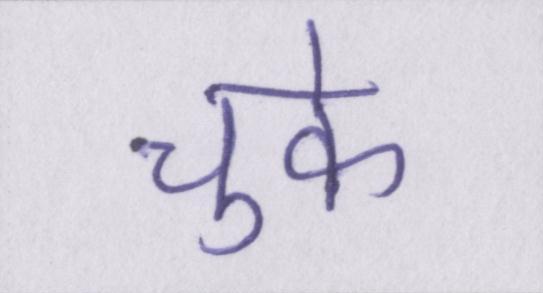
चुके